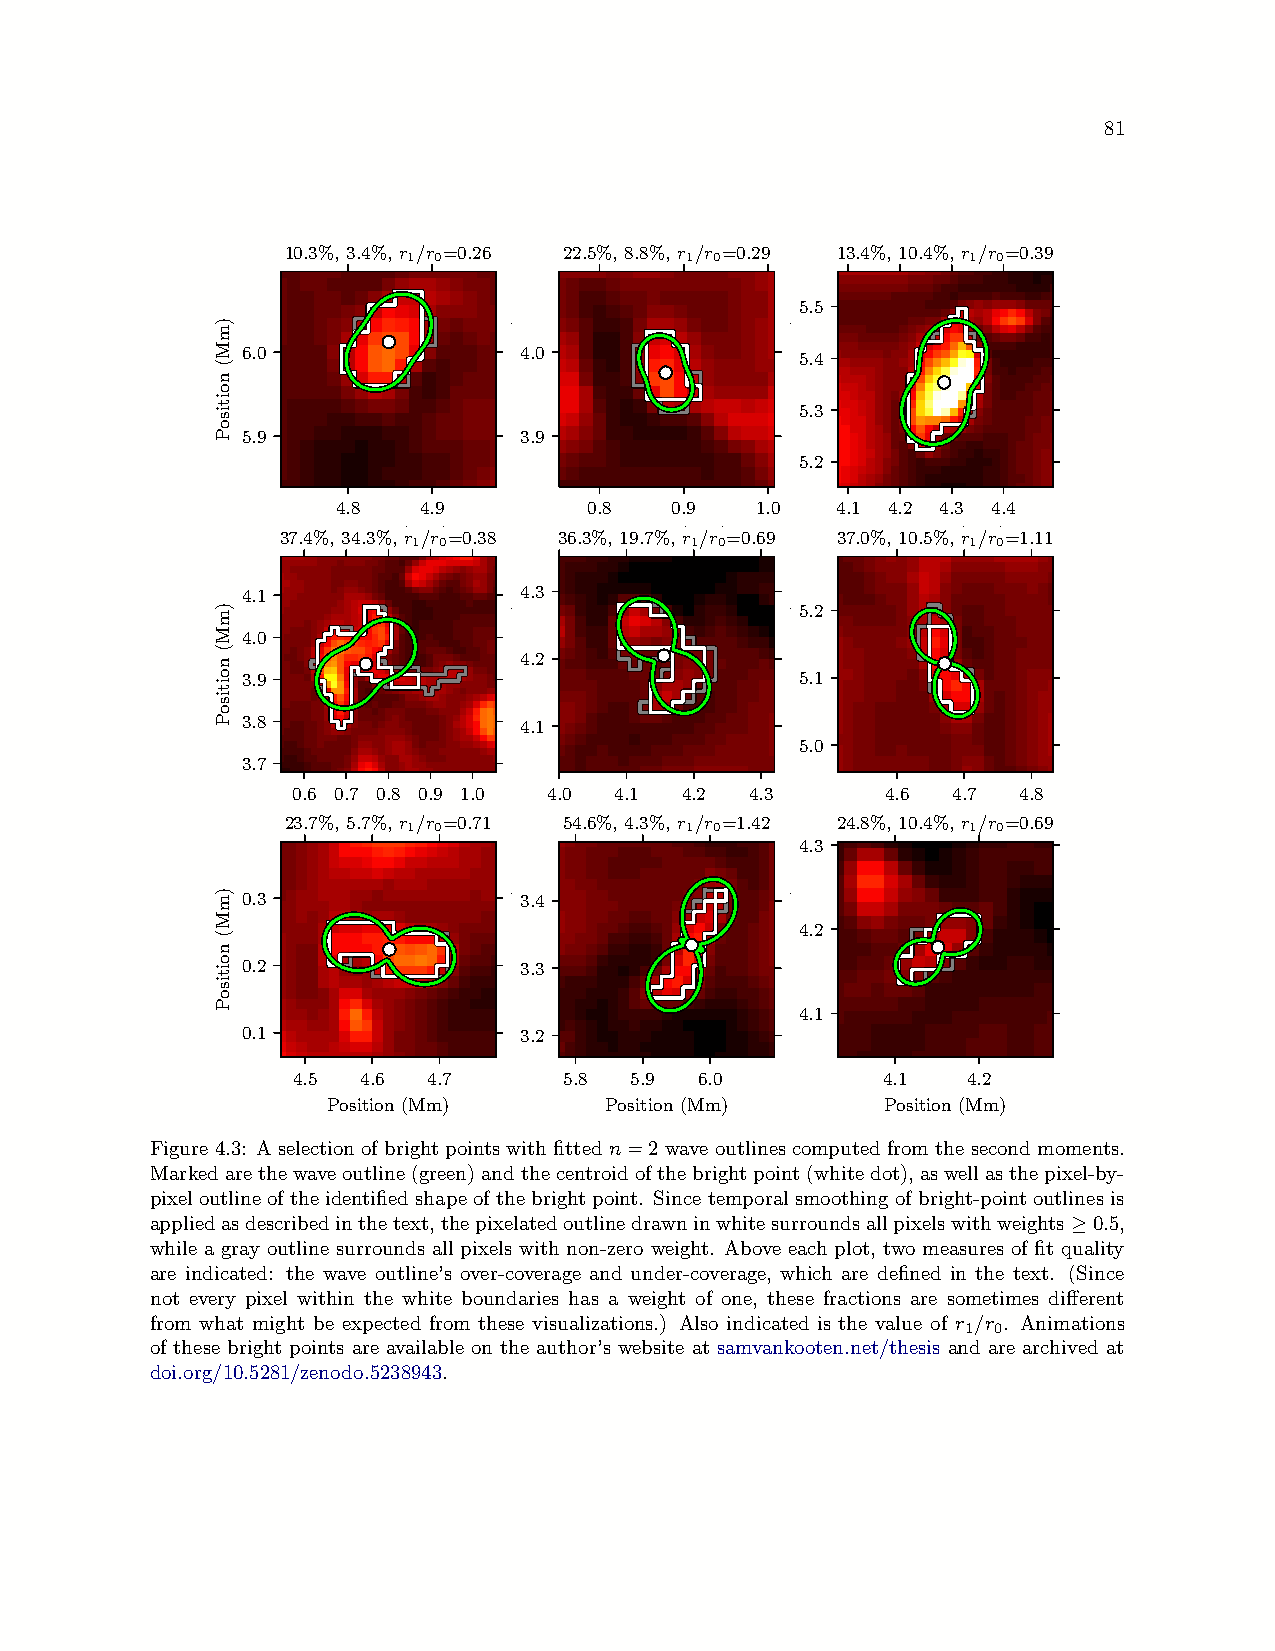
81
 10.3%, 3.4%, r /r =0.26 22.5%, 8.8%, r /r =0.29 13.4%, 10.4%, r /r =0.39
 1 0               1 0                1 0
 5.5
 6.0               4.0                5.4
 5.3
 5.9               3.9
 5.2
 4.8   4.9        0.8  0.9   1.0  4.1 4.2 4.3 4.4
 37.4%P,o3s4i.t3io%n,(rM/mr)=0.38 36.3%P,o1s9i.t7io%n,(rM/mr)=0.69 37.0%P,o1s0i.t5io%n,(rM/mr)=1.11
 1 0                1 0               1 0
 4.1               4.3
 5.2
 4.0
 4.2
 3.9                                  5.1
 3.8               4.1
 5.0
 3.7
 0.6 0.7 0.8 0.9 1.0 4.0 4.1 4.2 4.3     4.6 4.7 4.8
 23.7%P,o5s.i7ti%on, r(M/rm)=0.71 54.6%P,o4s.i3ti%on, r(M/rm)=1.42 24.8%P,o1s0i.t4io%n,(rM/mr)=0.69
 1 0               1 0                1 0
 4.3
 0.3               3.4
 4.2
 0.2               3.3
 4.1
 0.1               3.2
 4.5  4.6 4.7      5.8  5.9 6.0         4.1   4.2
 Position (Mm)     Position (Mm)      Position (Mm)
 Figure 4.3: A selection of bright points with fitted n=2 wave outlines computed from the second moments.
 Markedarethewaveoutline(green)andthecentroidofthebrightpoint(whitedot),aswellasthepixel-by-
 pixeloutlineoftheidentifiedshapeofthebrightpoint. Sincetemporalsmoothingofbright-pointoutlinesis
 appliedasdescribedinthetext,thepixelatedoutlinedrawninwhitesurroundsallpixelswithweights≥0.5,
 while a gray outline surrounds all pixels with non-zero weight. Above each plot, two measures of fit quality
 are indicated: the wave outline’s over-coverage and under-coverage, which are defined in the text. (Since
 not every pixel within the white boundaries has a weight of one, these fractions are sometimes different
 from what might be expected from these visualizations.) Also indicated is the value of r /r . Animations
 1 0
 of these bright points are available on the author’s website at samvankooten.net/thesis and are archived at
 doi.org/10.5281/zenodo.5238943.
 )mM(
 noitisoP
 )mM(
 noitisoP
 )mM(
 noitisoP
 )mM(
 noitisoP
 )mM(
 noitisoP
 )mM(
 noitisoP
 )mM(
 noitisoP
 )mM(
 noitisoP
 )mM(
 noitisoP